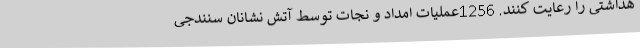
هداشتی را رعایت کنند. 1256عملیات امداد و نجات توسط آتش نشانان سنندجی